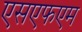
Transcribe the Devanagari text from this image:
एसएफएम